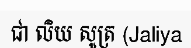
ជា លិយ សូត្រ (Jaliya